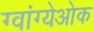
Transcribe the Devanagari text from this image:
ग्वांग्येओक